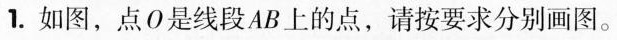
1.如图，点O是线段AB上的点，请按要求分别画图。